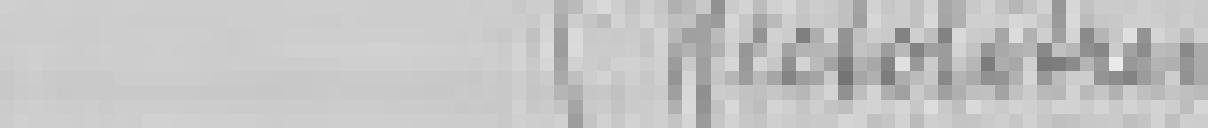
5 hectolitres